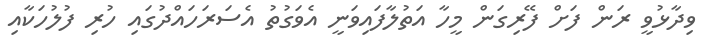
ވިދާޅުވީ ރަން ފަށް ފޭރިގަން މީހާ އަތުލާފައިވަނީ އެވަގުތު އެސަރަހައްދުގައި ހުރި ފުލުހަކާއި